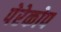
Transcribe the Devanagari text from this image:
पेरेकोप